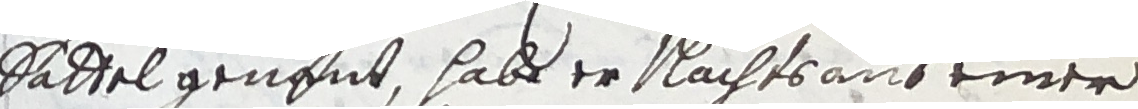
sättel genant, habe er nachts aus einer